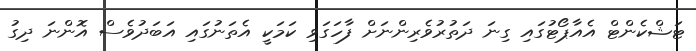
ޓަޝްކެންޓް އެއާޕޯޓުގައި ގިނަ ދަތުރުވެރިންނަށް ފާހަގަވި ކަމަކީ އެތަނުގައި އަބަދުވެސް އޮންނަ ދިގު